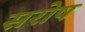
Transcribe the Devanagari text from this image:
सरोष